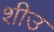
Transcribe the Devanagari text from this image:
शीउ